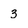
Character: 3